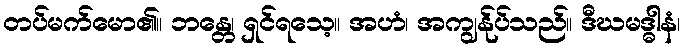
တပ်မက်မော၏။ ဘန္တေ၊ ရှင်ရသေ့။ အဟံ၊ အကျွန်ုပ်သည်။ ဒီဃမဒ္ဓါနံ၊